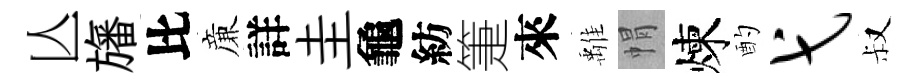
亾旛比亷詳圭龜紡箑來𩀌㡌煉酌弋叔